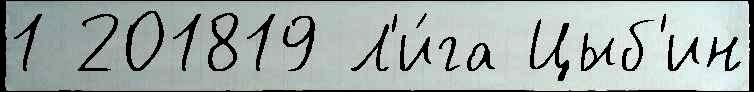
1 201819 Л'и́га Цыб'ин